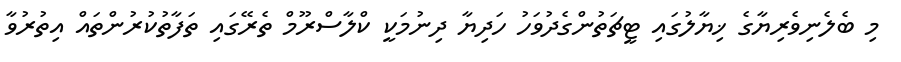
މި ބެލެނިވެރިޔާގެ ޚިޔާލުގައި ޓީޗަތުންގެދުވަހު ހަދިޔާ ދިނުމަކީ ކްލާސްރޫމް ތެރޭގައި ތަފާތުކުރުންތައް އިތުރުވާ